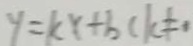
y = k x + b ( k \neq